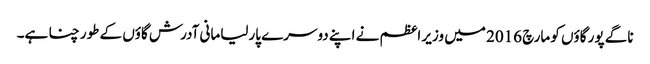
ناگے پور گاؤں کو مارچ 2016 میں وزیر اعظم نے اپنے دوسرے پارلیامانی آدرش گاؤں کے طور چنا ہے۔